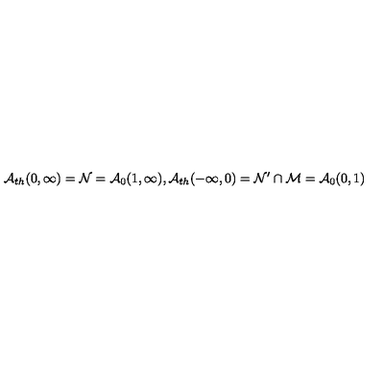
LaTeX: \mathcal { A } _ { t h } ( 0 , \infty ) = \mathcal { N } = \mathcal { A } _ { 0 } ( 1 , \infty ) , \mathcal { A } _ { t h } ( - \infty , 0 ) = \mathcal { N } ^ { \prime } \cap \mathcal { M = A } _ { 0 } ( 0 , 1 )